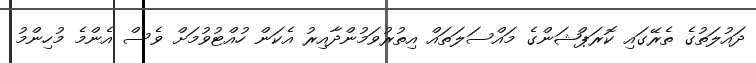
ދައުލަތުގެ ތެރޭގައި ކޮރަޕްޝަންގެ މައްސަލަތައް އިތުރުވަމުންދާއިރު އެކަން ހުއްޓުވުމަށް ވެސް އެންމެ މުހިންމު